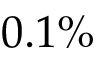
0 . 1 \%